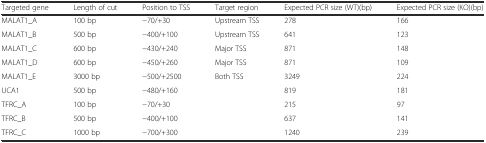
<table><thead><tr><td><b>Targeted gene</b></td><td><b>Length of cut</b></td><td><b>Position to TSS</b></td><td><b>Target region</b></td><td><b>Expected PCR size (WT)(bp)</b></td><td><b>Expected PCR size (KO)(bp)</b></td></tr></thead><tbody><tr><td>MALAT1_A</td><td>100 bp</td><td>−70/+30</td><td>Upstream TSS</td><td>278</td><td>166</td></tr><tr><td>MALAT1_B</td><td>500 bp</td><td>−400/+100</td><td>Upstream TSS</td><td>641</td><td>123</td></tr><tr><td>MALAT1_C</td><td>600 bp</td><td>−430/+240</td><td>Major TSS</td><td>871</td><td>148</td></tr><tr><td>MALAT1_D</td><td>600 bp</td><td>−450/+260</td><td>Major TSS</td><td>871</td><td>109</td></tr><tr><td>MALAT1_E</td><td>3000 bp</td><td>−500/+2500</td><td>Both TSS</td><td>3249</td><td>224</td></tr><tr><td>UCA1</td><td>500 bp</td><td>−480/+160</td><td></td><td>819</td><td>181</td></tr><tr><td>TFRC_A</td><td>100 bp</td><td>−70/+30</td><td></td><td>215</td><td>97</td></tr><tr><td>TFRC_B</td><td>500 bp</td><td>−400/+100</td><td></td><td>637</td><td>141</td></tr><tr><td>TFRC_C</td><td>1000 bp</td><td>−700/+300</td><td></td><td>1240</td><td>239</td></tr></tbody></table>